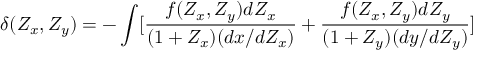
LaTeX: \delta ( Z _ { x } , Z _ { y } ) = - \int [ \frac { f ( Z _ { x } , Z _ { y } ) d Z _ { x } } { ( 1 + Z _ { x } ) ( d x / d Z _ { x } ) } + \frac { f ( Z _ { x } , Z _ { y } ) d Z _ { y } } { ( 1 + Z _ { y } ) ( d y / d Z _ { y } ) } ]